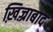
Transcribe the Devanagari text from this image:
ख़िज़्राबाद